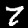
Label: 7